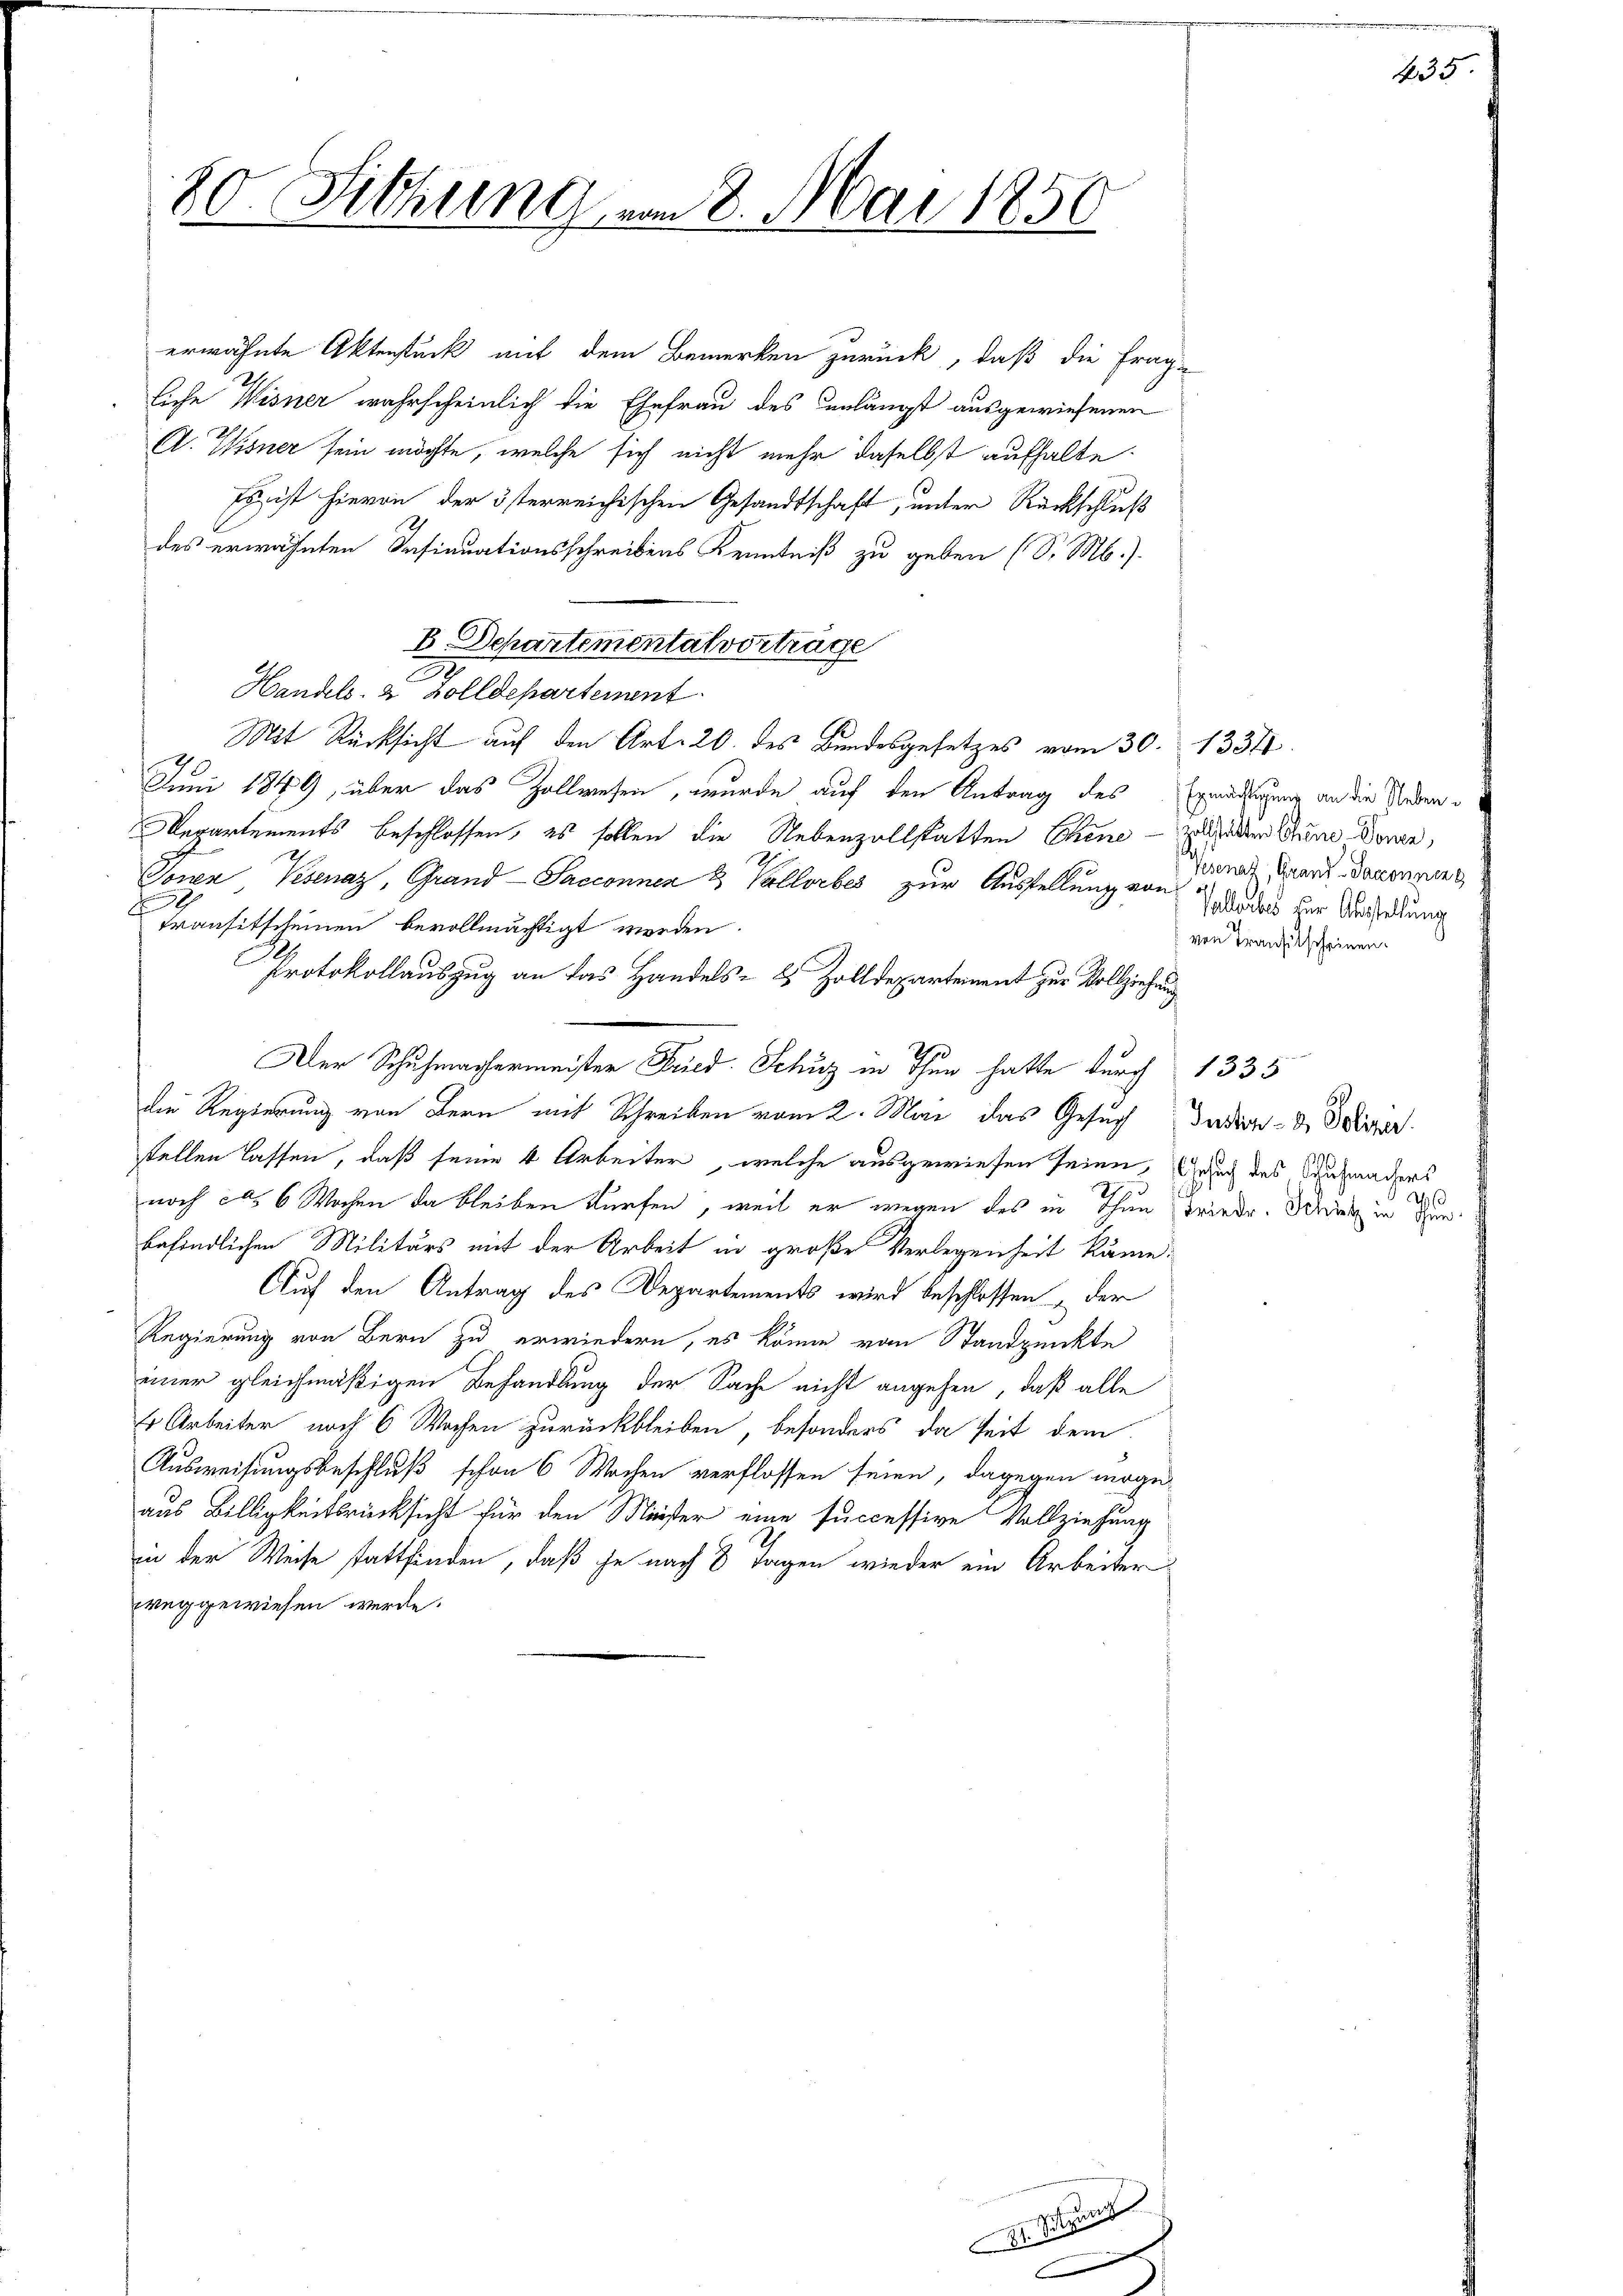
80. Sitzung vom 8. Mai 1856

erwähnte Aktenstück mit dem Bemerken zurück, daß die Frag-
liche Wisner wahrscheinlich die Ehefrau des unlängst ausgewiesenen
C. Wisner sein möchte, welche sich nicht mehr daselbst aufhalte.
Es ist hievon der österreichischen Gesandtschaft, unter Rückschluß
des erwähnten Insinuationsschreibens Kenntniß zu geben (S. M.)
2
Handels- 2 Zolldepartement
Mit Rücksicht auf den Art. 20. des Bundesgesetzes vom 30. 1334.
Juni 1849, über das Zollwesen, wurde auf den Antrag des Ermächtigung an die Neben¬
Repartements beschlossen, es sollen die Nebenzollstatten Chene - zuladen zum Donne,
Sonen Pesenaz, Grand - Sacconnen 3 Vallorbes zur Ausstellung von das der Verhebung
9
Transitscheinen bevollmächtigt werden.
Protokollauszug an das Handels- & Zolldepartement zur Vollziehung
d
Der Schuhmachermeister Fried. Schutz in Thun hatte durch 1335
die Regierung von Bern mit Schreiben vom 2. Mai das Gesuch Indier- & Polizer
stellen lassen, daß seine 4 Arbeiter, welche ausgewiesen seien, Gesuch das Aufwanders
noch das 6 Wochen da bleiben dürfen, weil er wegen des in Thun Friede. Sie in Hinbefindlichen Militärs mit der Arbeit in große Verlegenheit käme.
Auf den Antrag des Departements wird beschlossen der
Regierung von Bern zu erwiedern, es könne von Standpunkte
einer gleichmäßigen Behandlung der Sache nicht angehen, daß alle
 Arbeiter noch 6 Wochen zurückbleiben, besonders da seit dem
Ausweisungsbeschluß schon 6 Wochen verflossen seien, dagegen ergeaus Billigkeitsrücksicht für den Meister eine successive Vollziehung
in der Weise stattfinden, daß je nach 8 Tagen wieder ein Arbeiter
reggewiesen werde.

B. Departementat vorträge

2. Se
.

335

Pesenat, Grand -Saxonnen g
von Transitscheinen.

2